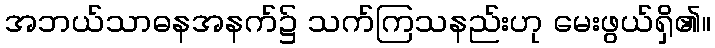
အဘယ်သာဓနအနက်၌ သက်ကြသနည်းဟု မေးဖွယ်ရှိ၏။